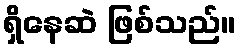
ရှိနေဆဲ ဖြစ်သည်။